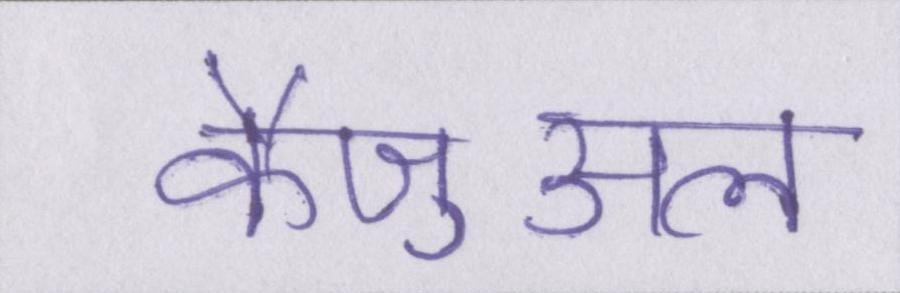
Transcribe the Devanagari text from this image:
कैज़ुअल